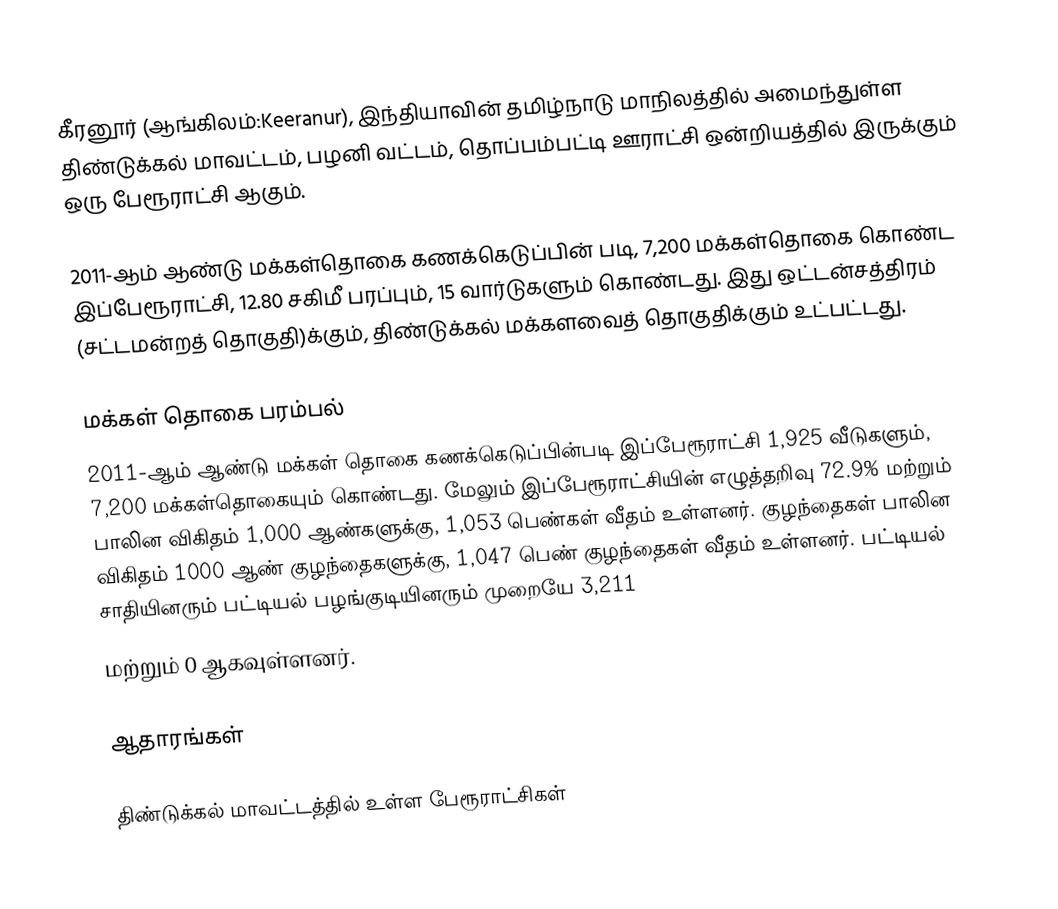
கீரனூர் (ஆங்கிலம்:Keeranur), இந்தியாவின் தமிழ்நாடு மாநிலத்தில் அமைந்துள்ள திண்டுக்கல் மாவட்டம், பழனி வட்டம், தொப்பம்பட்டி ஊராட்சி ஒன்றியத்தில் இருக்கும் ஒரு பேரூராட்சி ஆகும்.

2011-ஆம் ஆண்டு மக்கள்தொகை கணக்கெடுப்பின் படி, 7,200 மக்கள்தொகை கொண்ட இப்பேரூராட்சி,   12.80 சகிமீ பரப்பும்,   15 வார்டுகளும் கொண்டது. இது ஒட்டன்சத்திரம் (சட்டமன்றத் தொகுதி)க்கும்,  திண்டுக்கல் மக்களவைத் தொகுதிக்கும் உட்பட்டது.

மக்கள் தொகை பரம்பல்
2011-ஆம் ஆண்டு மக்கள் தொகை கணக்கெடுப்பின்படி   இப்பேரூராட்சி   1,925     வீடுகளும்,   7,200 மக்கள்தொகையும் கொண்டது. மேலும் இப்பேரூராட்சியின் எழுத்தறிவு 72.9% மற்றும்  பாலின விகிதம் 1,000 ஆண்களுக்கு, 1,053 பெண்கள் வீதம் உள்ளனர். குழந்தைகள் பாலின விகிதம் 1000 ஆண் குழந்தைகளுக்கு,    1,047 பெண் குழந்தைகள் வீதம் உள்ளனர்.  பட்டியல் சாதியினரும் பட்டியல் பழங்குடியினரும்  முறையே 3,211
மற்றும்   0 ஆகவுள்ளனர்.

ஆதாரங்கள்

திண்டுக்கல் மாவட்டத்தில் உள்ள பேரூராட்சிகள்